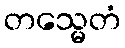
တသ္မေတံ